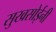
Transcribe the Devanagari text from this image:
सुखसोईनी